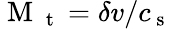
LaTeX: \mathrm{~M~}_{\mathrm{~t~}}=\delta v/c_{\mathrm{~s~}}